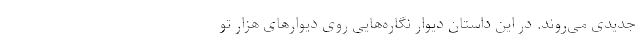
جدیدی می‌روند. در این داستان دیوار نگاره‌هایی روی دیوارهای هزار تو